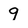
Character: 9